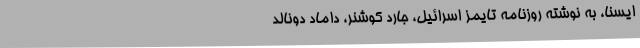
ایسنا،‌ به نوشته روزنامه تایمز اسرائیل، جارد کوشنر، داماد دونالد